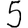
Digit: 5